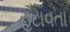
હટાવતા